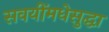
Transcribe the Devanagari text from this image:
सवयींमधेसुद्धा